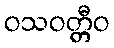
ဝသဝတ္တီဝ